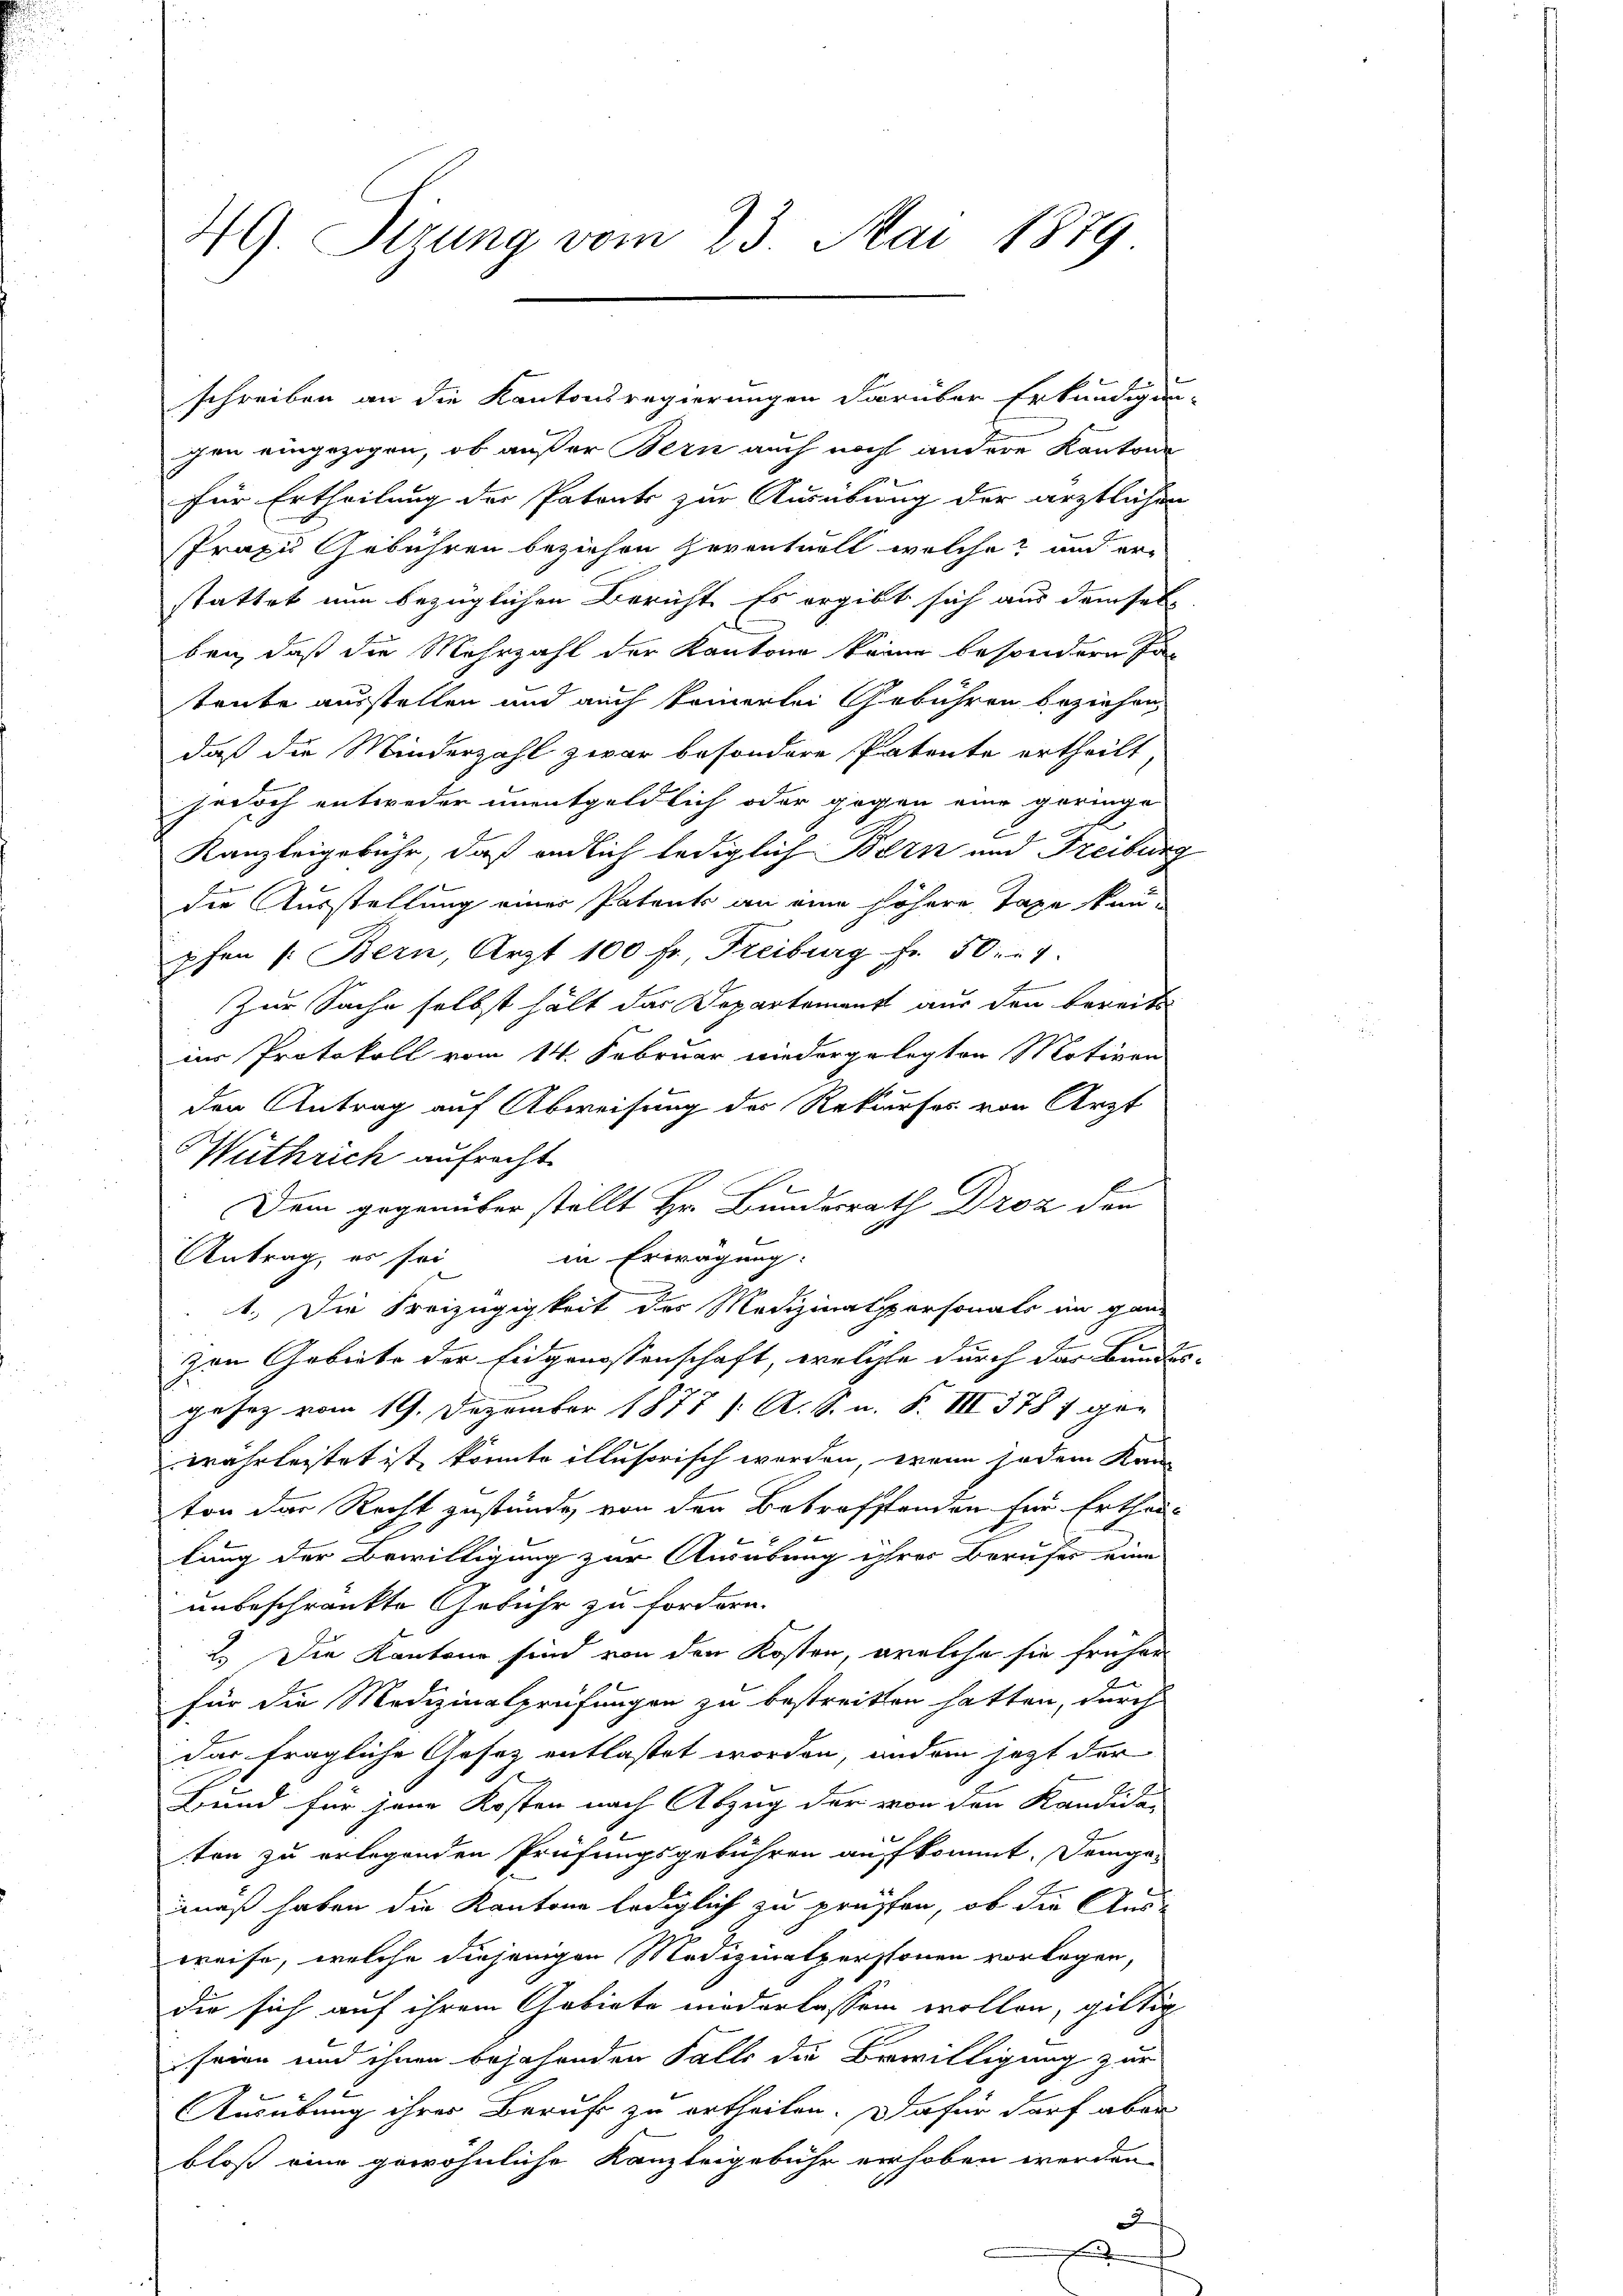
49. Sizung vom 23. Mai 1879

schreiben an die Kantonsregierungen darüber Erkundigung
gen eingezogen, ob außer Bern auch noch andere Kantons
für Ertheilung der Patents zur Ausübung der ärztlichen
Praxis Gebühren beziehen Geventuell welche? und erstattet nun bezüglichen Bericht. Es ergibt sich aus demselben, daß die Mehrzahl der Kantone keine besondern Fa-
tente ausstellen und auch keinerlei Gebühren beziehen,
daß die Minderzahl zwar besondere Patente ertheilt,
jedoch entweder unentgeldlich oder gegen eine geringe
c
Kanzleigebühr, daß endlich lediglich Bern und Freibur
die Ausstellung einer Patents an eine höhere Tage kan-
pfen 1. Bern, Arzt 100 fr., Freiburg fr. 507.
Zur Sache selbst hält das Departement aus den bereits
ins Protokoll vom 14. Februar niedergelegten Motiven
den Antrag auf Abweisung der Rekurses von Arzt
Wuthrich aufrecht.
Dem gegenüber stellt Hr. Bunderrath Droz den
Antrag, es sei in Erwägung:
1.) Die Freizügigkeit des Medizinalspersonals im ganz
zen Gebiete der Eidgenossenschaft, welche durch der Bunde
gesez vom 19. Dezember 1878 /: A. S. n. F. VII 1787 ge-
wahrleistet ist, könnte illusorisch werden, wenn jedem Kan
ton der Recht zustünden von den Betrafstanden für Erthei-
lung der Bewilligung zur Ausübung ihrer Berufes eine
unbeschränkte Gebühr zu fordern.
2.) Die Kantone sind von den Kosten, welche sie früher
für die Medizinalprüfungen zu bestreitten hatten, durch
das fragliche Gesetz entlastet worden, andern jetzt der
Bund für jene Kosten nach Abzug der von den Kandida-
ten zu erlegenden Prüfungsgebühren aufkommt. Demge-
7
mäß haben die Kantone lediglich zu prüfen, ob die Ausweise, welche diejenigen Medizinalpersonen vorlagen,
die sich auf ihrem Gebiete niederlassen wollen, giltig
seien und ihnen bejahenden Falle die Bewilligung zur
Ausübung ihres Beruf zu ertheilen. Da für darf aber
bloß eine gewöhnliche Kanzleigebühr erhoben werden
2

F

2

5.